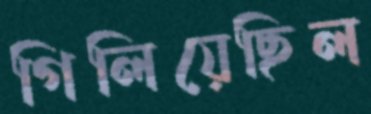
গিলিয়েছিল